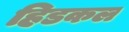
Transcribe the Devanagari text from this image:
हिडकल